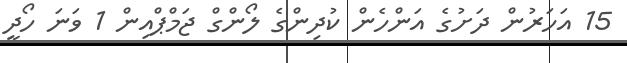
15 އަހަރުން ދަށުގެ އަންހެން ކުދިންގެ ލޯންގް ޖަމްޕްއިން 1 ވަނަ ހޯދީ